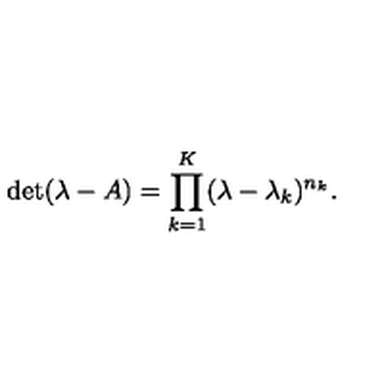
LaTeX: \det ( \lambda - A ) = \prod _ { k = 1 } ^ { K } ( \lambda - \lambda _ { k } ) ^ { n _ { k } } .